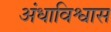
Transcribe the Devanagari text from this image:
अंधाविश्वास